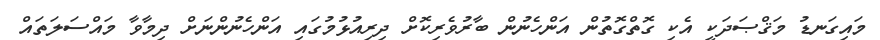
މައިގަނޑު މަޤްޞަދަކީ އެކި ގޮތްގޮތުން އަންހެނުން ބާރުވެރިކޮށް ދިރިއުޅުމުގައި އަންހެނުންނަށް ދިމާވާ މައްސަލަތައް